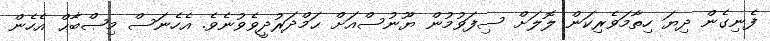
ފެނިގެން ދިޔަ ހިތާމަވެރިކަން ލޮލަށް ސިފަވުމުން ޔޫނުސްއަށް ޙަމްދަރުދީވެވުނެވެ. އެހެނަސް މިޞްބާޙް އެހެން